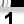
Digit: 1